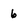
Character: 6